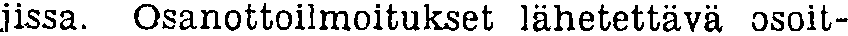
jissa. Osanottoilmoitukset lähetettävä osoit-